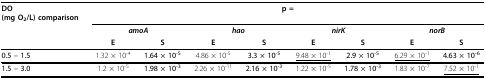
<table><thead><tr><td><b>DO(mg O<sub>2</sub>/L) comparison</b></td><td colspan="8"><b>p =</b></td></tr><tr><td></td><td colspan="2"><b><i>amoA</i></b></td><td colspan="2"><b><i>hao</i></b></td><td colspan="2"><b><i>nirK</i></b></td><td colspan="2"><b><i>norB</i></b></td></tr><tr><td></td><td><b>E</b></td><td><b>S</b></td><td><b>E</b></td><td><b>S</b></td><td><b>E</b></td><td><b>S</b></td><td><b>E</b></td><td><b>S</b></td></tr></thead><tbody><tr><td><b>0.5 -- 1.5</b></td><td>1.32 × 10<sup>-4</sup></td><td><b>1.64 × 10<sup>-5</sup></b></td><td>4.86 × 10<sup>-5</sup></td><td><b>3.3 × 10<sup>-5</sup></b></td><td><underline>9.48 × 10<sup>-1</sup></underline></td><td><b>2.9 × 10<sup>-5</sup></b></td><td><underline>6.29 × 10<sup>-1</sup></underline></td><td><b>4.63 × 10<sup>-6</sup></b></td></tr><tr><td><b>1.5 -- 3.0</b></td><td>1.2 × 10<sup>-5</sup></td><td><b>1.98 × 10<sup>-3</sup></b></td><td>2.26 × 10<sup>-11</sup></td><td><b>2.16 × 10<sup>-3</sup></b></td><td>1.22 × 10<sup>-5</sup></td><td><b>1.78 × 10<sup>-3</sup></b></td><td>1.83 × 10<sup>-7</sup></td><td><underline>7.52 × 10<sup>-1</sup></underline></td></tr></tbody></table>